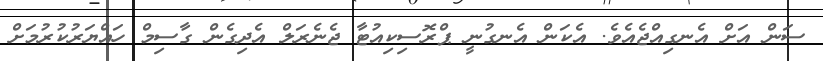
ސަން އަށް އެނގިއްޖެއެވެ. އެކަން އެނގުނީ ޕްރޮސިކިއުޓާ ޖެނެރަލް އެދިގެން ގާސިމް ހައްޔަރުކުރުމަށް